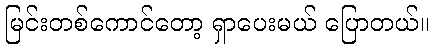
မြင်းတစ်ကောင်တော့ ရှာပေးမယ် ပြောတယ်။